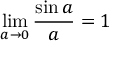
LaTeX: \operatorname* { l i m } _ { a \rightarrow 0 } { \frac { \sin a } { a } } = 1